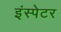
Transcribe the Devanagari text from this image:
इंस्पेटर